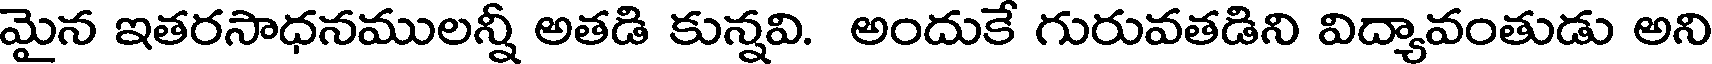
మైన ఇతరసాధనములన్నీ అతడి కున్నవి. అందుకే గురువతడిని విద్యావంతుడు అని